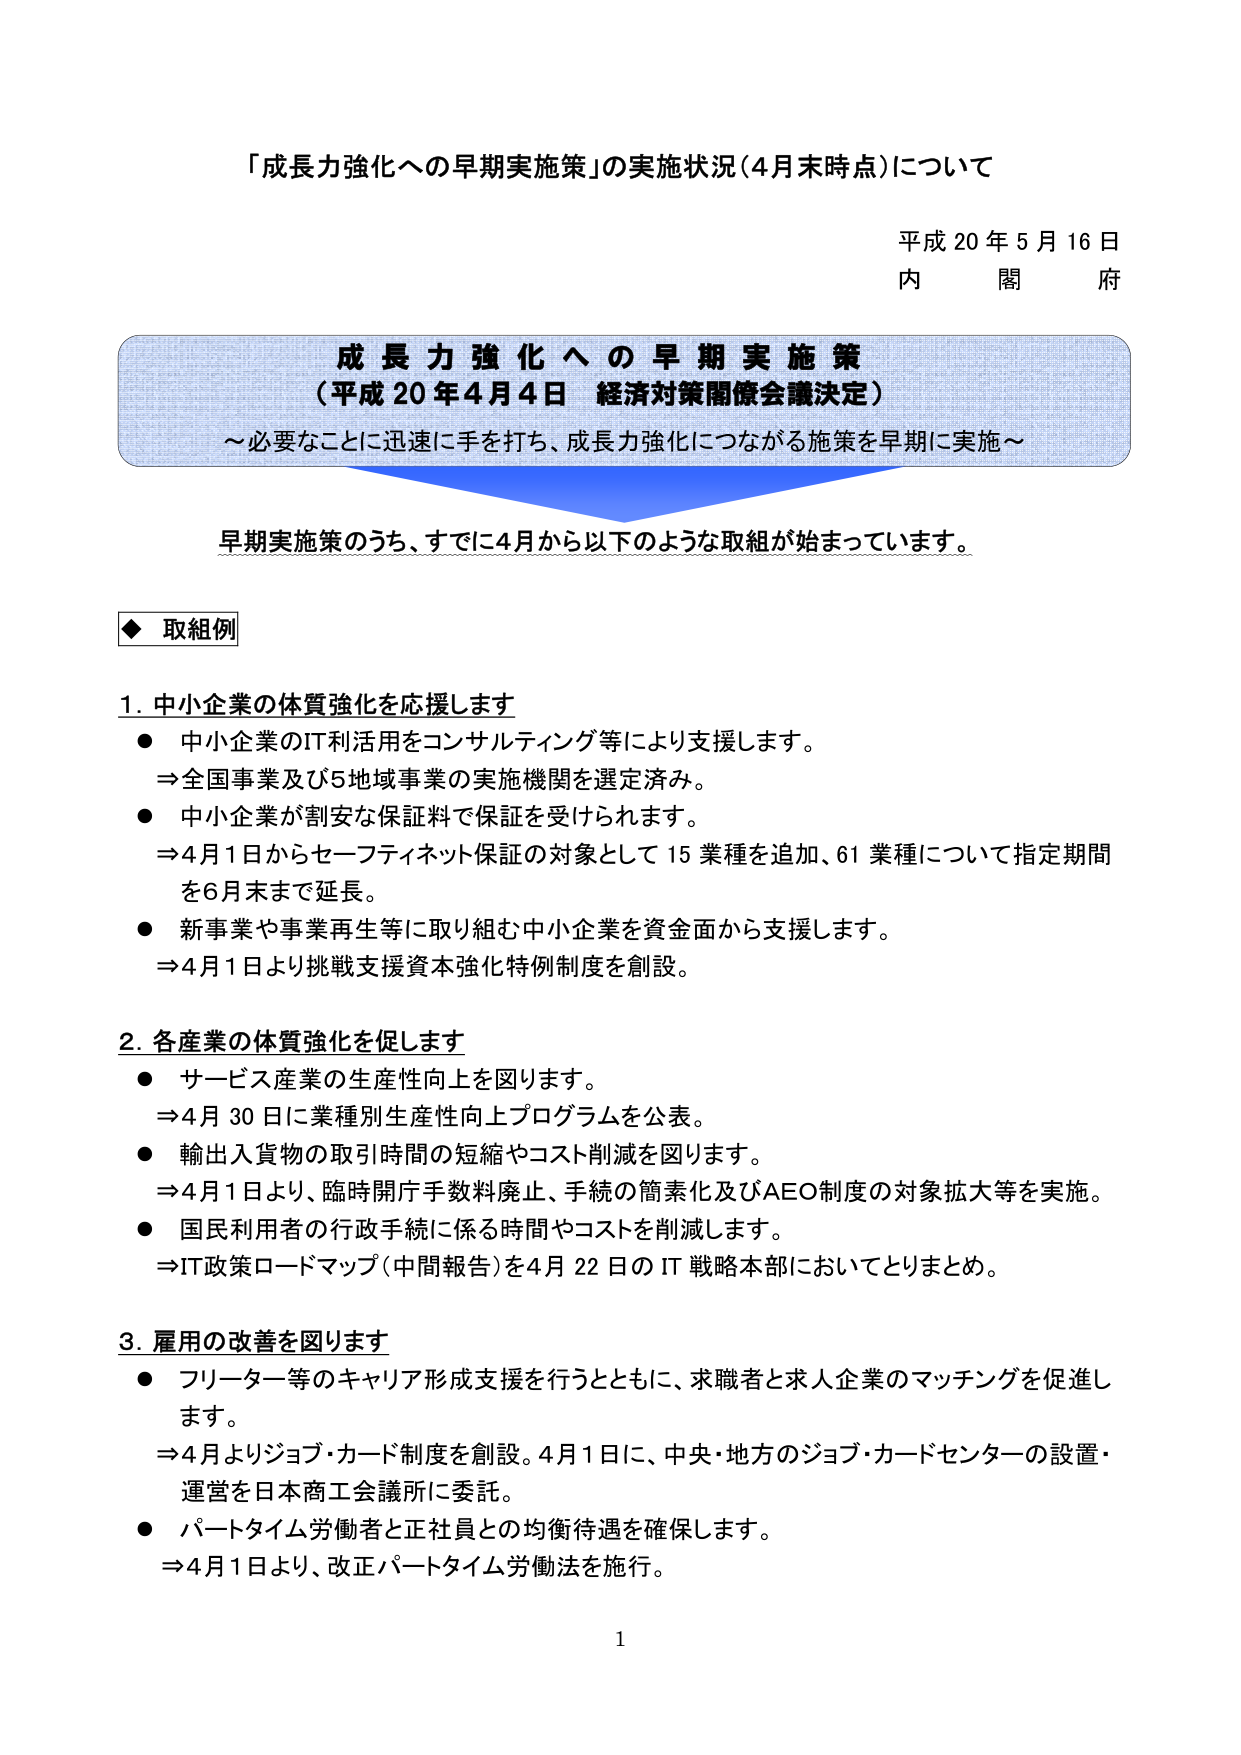
「成長力強化への早期実施策」の実施状況（4月末時点）について

平成20年5月16日
内閣府

成長力強化への早期実施策
（平成20年4月4日 経済対策閣僚会議決定）
～必要なことに迅速に手を打ち、成長力強化につながる施策を早期に実施～

早期実施策のうち、すでに4月から以下のような取組が始まっています。

◆ 取組例

1. 中小企業の体質強化を応援します
● 中小企業のIT利活用をコンサルティング等により支援します。
　⇒全国事業及び5地域事業の実施機関を選定済み。
● 中小企業が割安な保証料で保証を受けられます。
　⇒4月1日からセーフティネット保証の対象として15業種を追加、61業種について指定期間を6月末まで延長。
● 新事業や事業再生等に取り組む中小企業を資金面から支援します。
　⇒4月1日より挑戦支援資本強化特例制度を創設。

2. 各産業の体質強化を促します
● サービス産業の生産性向上を図ります。
　⇒4月30日に業種別生産性向上プログラムを公表。
● 輸出入貨物の取引時間の短縮やコスト削減を図ります。
　⇒4月1日より、臨時関庁手数料廃止、手続の簡素化及びAEO制度の対象拡大等を実施。
● 国民利用者の行政手続に係る時間やコストを削減します。
　⇒IT政策ロードマップ（中間報告）を4月22日のIT戦略本部においてとりまとめ。

3. 雇用の改善を図ります
● フリーター等のキャリア形成支援を行うとともに、求職者と求人企業のマッチングを促進します。
　⇒4月よりジョブ・カード制度を創設。4月1日に、中央・地方のジョブ・カードセンターの設置・運営を日本商工会議所に委託。
● パートタイム労働者と正社員との均衡待遇を確保します。
　⇒4月1日より、改正パートタイム労働法を施行。

1